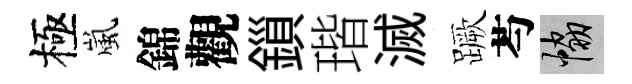
極嵐錦觀鎻瑎滅蹶芍協